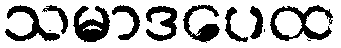
သမာဒပေထ